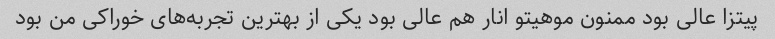
پیتزا عالی بود ممنون موهیتو انار هم عالی بود یکی از بهترین تجربه‌های خوراکی من بود